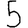
Digit: 5